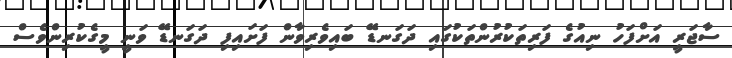
ސާޖަރީ އަށްފަހު ނިއުގެ ފަރިތަކުރުންތަކުގައި ދަގަނޑޭ ބައިވެރިވާން ފަށައިފި ދަގަނޑޭ ވަނީ މީގެކުރިންވެސް